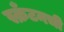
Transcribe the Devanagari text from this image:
स्क्रँटनची